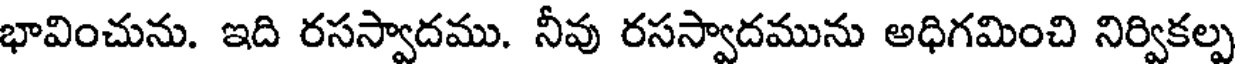
భావించును. ఇది రసస్వాదము. నీవు రసస్వాదమును అధిగమించి నిర్వికల్ప